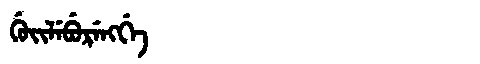
Manchu: ᡤᡠᡳᠯᡝᠪᡠᡵᡝᠩᡤᡝ
Romanization: GUILEBURENGGE